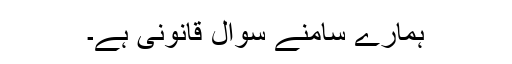
ہمارے سامنے سوال قانونی ہے۔